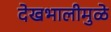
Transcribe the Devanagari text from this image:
देखभालीमुळे